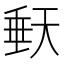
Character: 𭏀